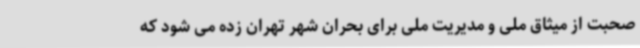
صحبت از میثاق ملی و مدیریت ملی برای بحران شهر تهران زده می شود که